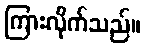
ကြားလိုက်သည်။